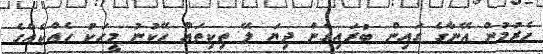
ހެރުމުން އޭނާގެ ގައިން ބުރައިގެން ދިޔަ ލޭ ތިކިތައް ހޭކުނު މީހަކު ހެއްކެއްގެ